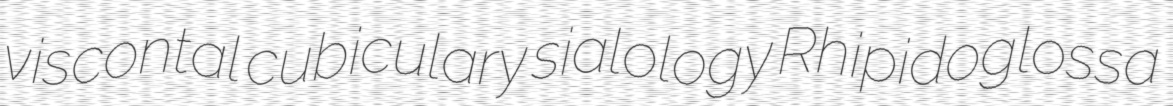
viscontal cubiculary sialology Rhipidoglossa